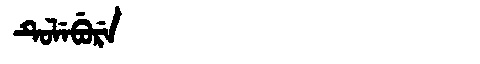
Manchu: ᡨᡠᠯᡝᠪᡠᡵᡝ
Romanization: TULEBURE